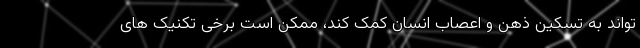
تواند به تسکین ذهن و اعصاب انسان کمک کند، ممکن است برخی تکنیک های